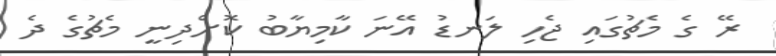
ރޭ ގެ މެޗުގައި ޖެހި ލަނޑު އޭނަ ކާމިޔާބު ކޮށްދިނީ މެޗުގެ ދެ